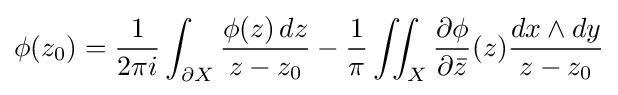
\phi (z_{0})={\frac {1}{2\pi i}}\int _{\partial X}{\frac {\phi (z)\,dz}{z-z_{0}}}-{\frac {1}{\pi }}\iint _{X}{\frac {\partial \phi }{\partial {\bar {z}}}}(z){\frac {dx\wedge dy}{z-z_{0}}}